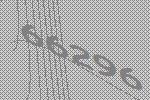
66296